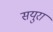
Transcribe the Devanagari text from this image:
सयुरा